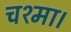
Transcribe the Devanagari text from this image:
चश्मा।